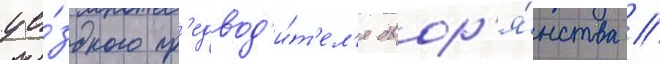
уе́здного пр'едвод'и́т'ел'я двор'я́нства //